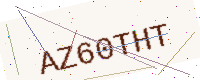
Text: AZ60THT